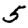
Digit: 5